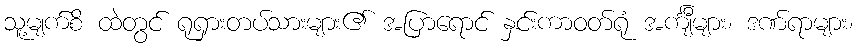
သူ့မျက်စိ ထဲတွင် ရုရှားတပ်သားများ၏ အပြာရောင် နှင်းကာဝတ်ရုံ အင်္ကျီများ၊ ဒဏ်ရာများ၊